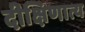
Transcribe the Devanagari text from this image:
दीक्षिणात्य